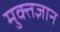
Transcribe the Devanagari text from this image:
मुक्तज्ञान